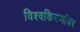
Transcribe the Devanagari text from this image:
विश्वकिरणांवर